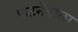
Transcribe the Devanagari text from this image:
फटनेवाला